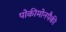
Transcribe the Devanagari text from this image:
पोकीमोनपैकी